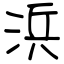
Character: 浜